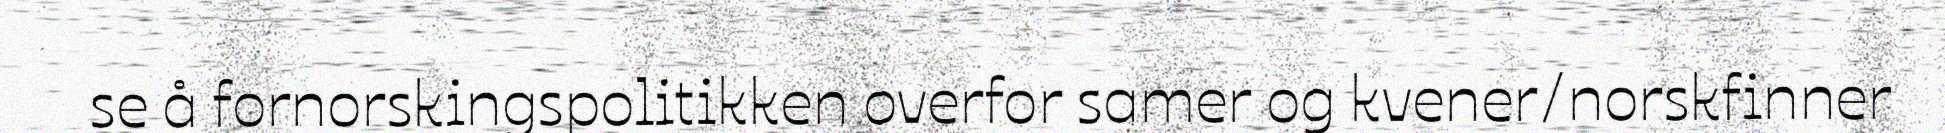
se å fornorskingspolitikken overfor samer og kvener/norskfinner